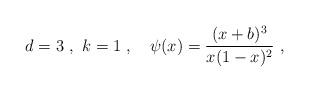
LaTeX: \begin{align*}d = 3 \ , \ k = 1 \ , \ \ \ \psi ( x ) = \frac{ (x + b )^3}{x ( 1 - x )^2} \ ,\end{align*}